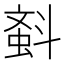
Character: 𣂂